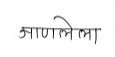
मजकूर: आणलेला